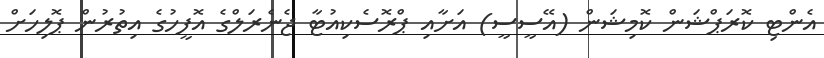
އެންޓި ކޮރަޕްޝަން ކޮމިޝަން (އޭސީސީ) އަށާއި ޕްރޮސެކިއުޓާ ޖެނެރަލްގެ އޮފީހުގެ އިތުރުން ޕޮލިހަށް